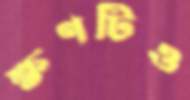
ক্ষণটিও